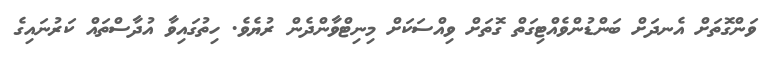
ވަންގޮތަށް އެނދަށް ބަންޑުންވެއްޓިގަތް ގޮތަށް ވިއްސަކަށް މިނިޓްވާންދެން ރުޔެވެ. ހިތުގައިވާ އުދާސްތައް ކަރުނައިގެ